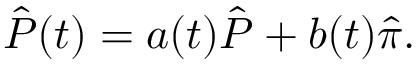
\hat { P } ( t ) = a ( t ) \hat { P } + b ( t ) \hat { \pi } .